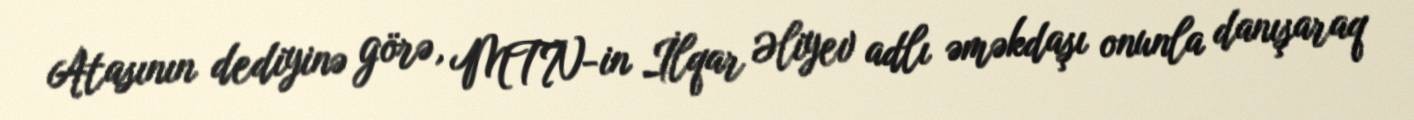
Atasının dediyinə görə, MTN-in İlqar Əliyev adlı əməkdaşı onunla danışaraq